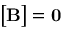
{ \big [ } { \mathbf B } { \big ] } = \mathbf { 0 }